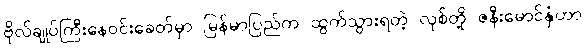
ဗိုလ်ချုပ်ကြီးနေဝင်းခေတ်မှာ မြန်မာပြည်က ထွက်သွားရတဲ့ လုစ်တို့ ဇနီးမောင်နှံဟာ